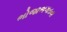
ભોજાભગતના